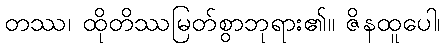
တဿ၊ ထိုတိဿမြတ်စွာဘုရား၏။ ဇိနထူပေါ၊